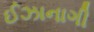
ઈઝાનાગી